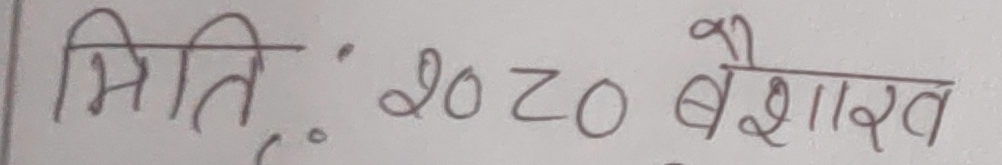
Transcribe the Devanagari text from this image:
मिति : २०८० बैशाख